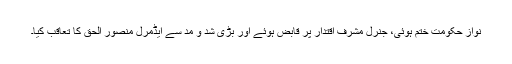
نواز حکومت ختم ہوئی، جنرل مشرف اقتدار پر قابض ہوئے اور بڑی شد و مد سے ایڈمرل منصور الحق کا تعاقب کیا۔